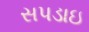
સપડાઇ